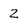
Character: z